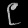
Digit: ၉